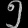
Digit: ၅